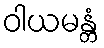
ဝါယမန္တံ